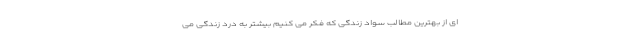
ای از بهترین مطالب سواد زندگی که فکر می کنیم بیشتر به درد زندگی می